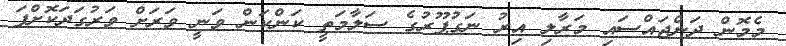
މެމޮން ދަންޖައްސައި މަރާލި އިރު ނަގުޕޫރުގެ ސަލާމަތީ ކަންކަން ވަނީ ވަރަށް ވަރުގަދަކޮށްފަ